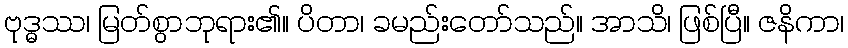
ဗုဒ္ဓဿ၊ မြတ်စွာဘုရား၏။ ပိတာ၊ ခမည်းတော်သည်။ အာသိ၊ ဖြစ်ပြီ။ ဇနိကာ၊